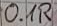
Text: 0.1R